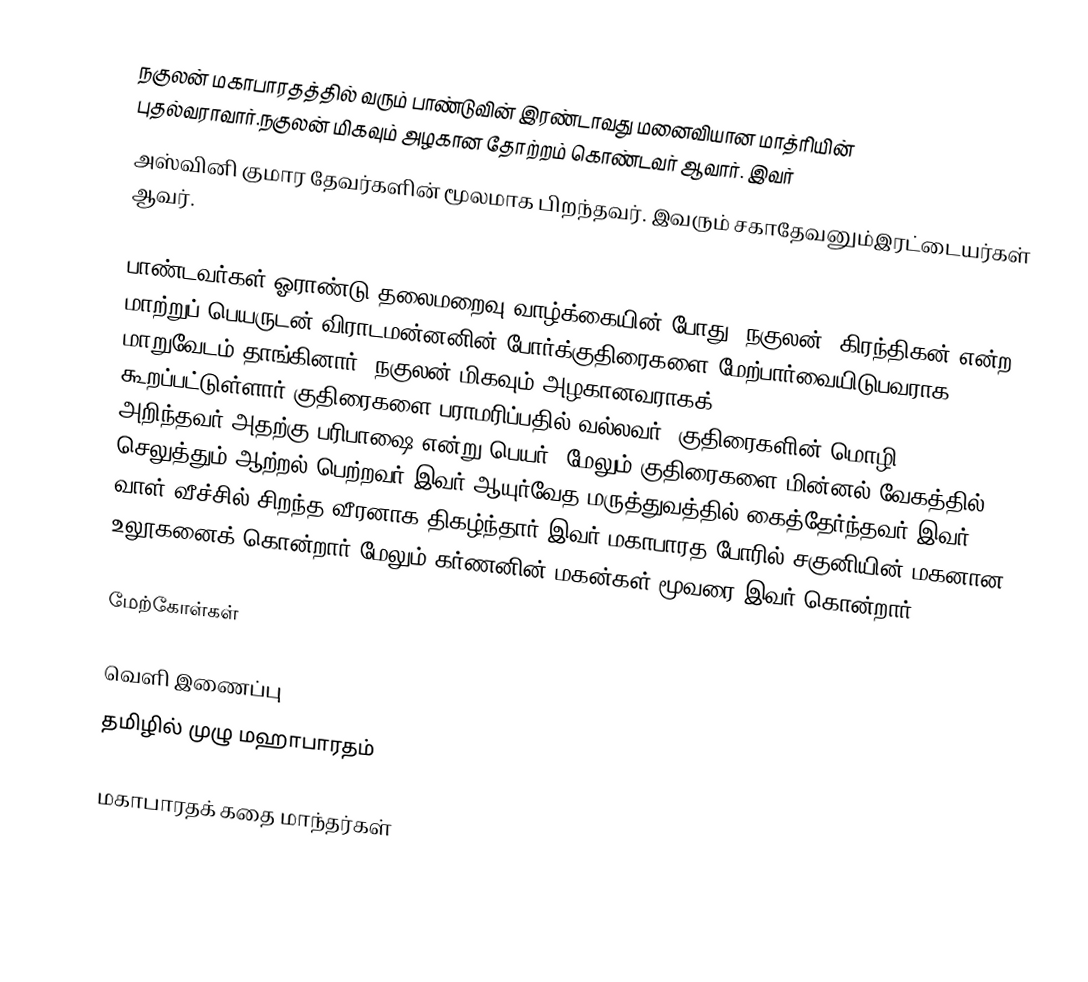
நகுலன் மகாபாரதத்தில் வரும் பாண்டுவின் இரண்டாவது மனைவியான மாத்ரியின் புதல்வராவார்.நகுலன் மிகவும் அழகான தோற்றம் கொண்டவர் ஆவார். இவர்
 அஸ்வினி  குமார தேவர்களின் மூலமாக பிறந்தவர். இவரும் சகாதேவனும்இரட்டையர்கள் ஆவர்.

பாண்டவர்கள் ஓராண்டு தலைமறைவு வாழ்க்கையின் போது, நகுலன், கிரந்திகன் என்ற மாற்றுப் பெயருடன்  விராடமன்னனின் போர்க்குதிரைகளை மேற்பார்வையிடுபவராக மாறுவேடம் தாங்கினார்.  நகுலன் மிகவும் அழகானவராகக் கூறப்பட்டுள்ளார்.குதிரைகளை பராமரிப்பதில் வல்லவர், குதிரைகளின் மொழி அறிந்தவர்(அதற்கு பரிபாஷை என்று பெயர்),மேலும் குதிரைகளை மின்னல் வேகத்தில் செலுத்தும் ஆற்றல் பெற்றவர்.இவர் ஆயுர்வேத மருத்துவத்தில் கைத்தேர்ந்தவர்.இவர் வாள் வீச்சில் சிறந்த வீரனாக திகழ்ந்தார்.இவர் மகாபாரத போரில் சகுனியின் மகனான உலூகனைக் கொன்றார்.மேலும் கர்ணனின் மகன்கள் மூவரை இவர் கொன்றார்.

மேற்கோள்கள்

வெளி இணைப்பு
 தமிழில் முழு மஹாபாரதம்

மகாபாரதக் கதை மாந்தர்கள்